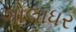
ગોલાધર